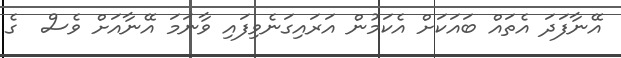
އޭނާފަދަ އެތައް ބައަކަށް އެކަމުން އަރައިގަނެވިފައި ވާނަމަ އޭނާއަށް ވެސް  ގެ